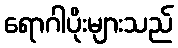
ရောဂါပိုးများသည်